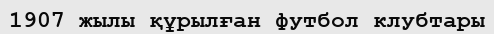
1907 жылы құрылған футбол клубтары